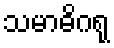
သမာဓိဂရု